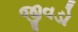
જીવડો